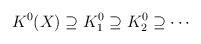
LaTeX: \begin{align*}K^0(X) \supseteq K^0_1 \supseteq K^0_2 \supseteq \cdots\end{align*}